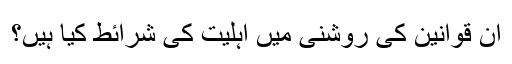
ان قوانین کی روشنی میں اہلیت کی شرائط کیا ہیں؟